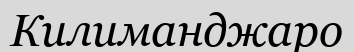
Килиманджаро